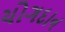
યોગદાન